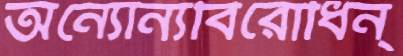
অন্যোন্যবিরোধিন্